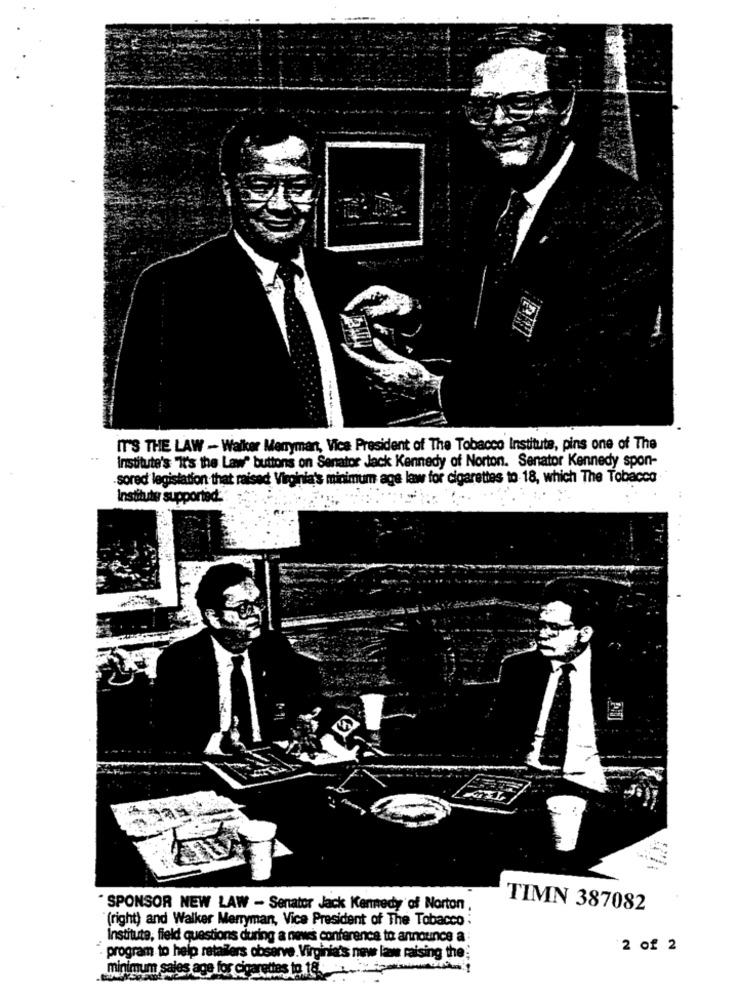
--
IT'S THE LAW - Walker Merryman, Vice President of The Tobacco Institute, pins one of The
..
Institute's "It's the Law" buttons on Senator Jack Kennedy of Norton. Senator Kennedy spon-
-sored legislation that raised Virginia's minimum age law for cigarettes to- 18, which The Tobacco
Instituto supported.
" SPONSOR NEW LAW - Senator Jack Kennedy of Norton ,
TIMN 387082
(right) and Walker Merryman, Vice President of The Tobacco ;
Institute, field questions during a news conference to announce a
2 of 2
. program to help retailers observe. Virginia's new law raising the;
minimum sales age for cigarettes to 18.